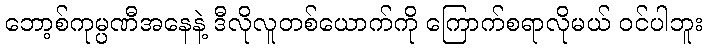
ဘော့စ်ကုမ္ပဏီအနေနဲ့ ဒီလိုလူတစ်ယောက်ကို ကြောက်စရာလိုမယ် ဝင်ပါဘူး